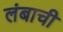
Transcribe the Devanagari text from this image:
लंबाची